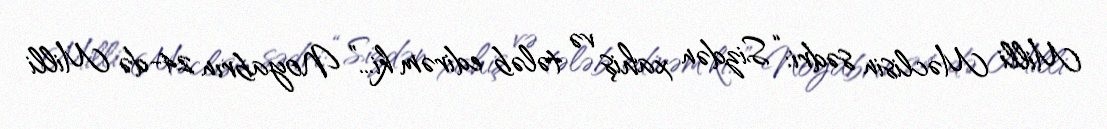
Milli Məclisin sədri: “Sizdən xahiş və tələb edirəm ki...” Noyabrın 24-də Milli